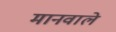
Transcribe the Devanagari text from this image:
मानवाले